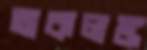
অকলঙ্ক